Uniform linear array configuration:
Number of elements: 24
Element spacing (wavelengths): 0.5
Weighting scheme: binomial
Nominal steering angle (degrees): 0
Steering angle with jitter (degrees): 0.5847
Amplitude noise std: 0.05
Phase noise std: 0.05

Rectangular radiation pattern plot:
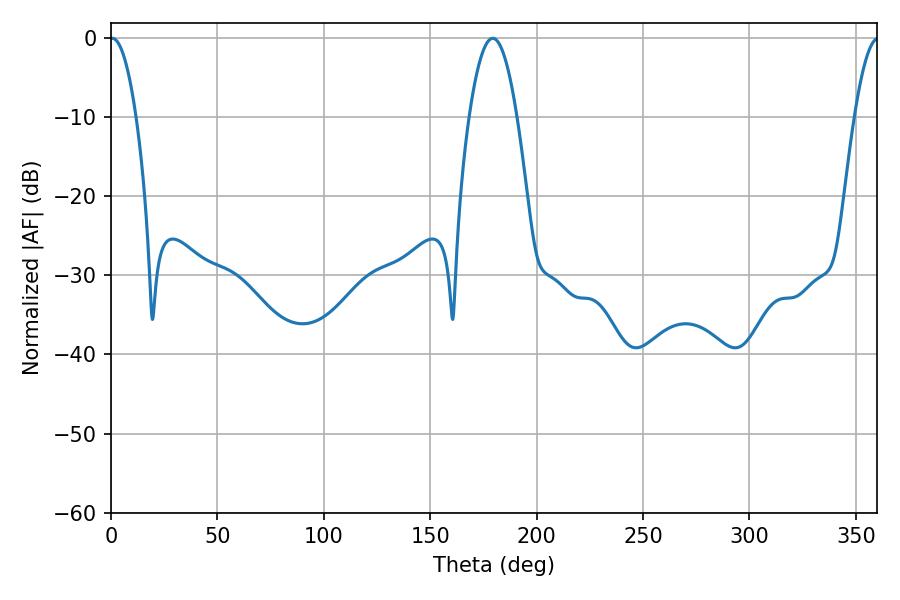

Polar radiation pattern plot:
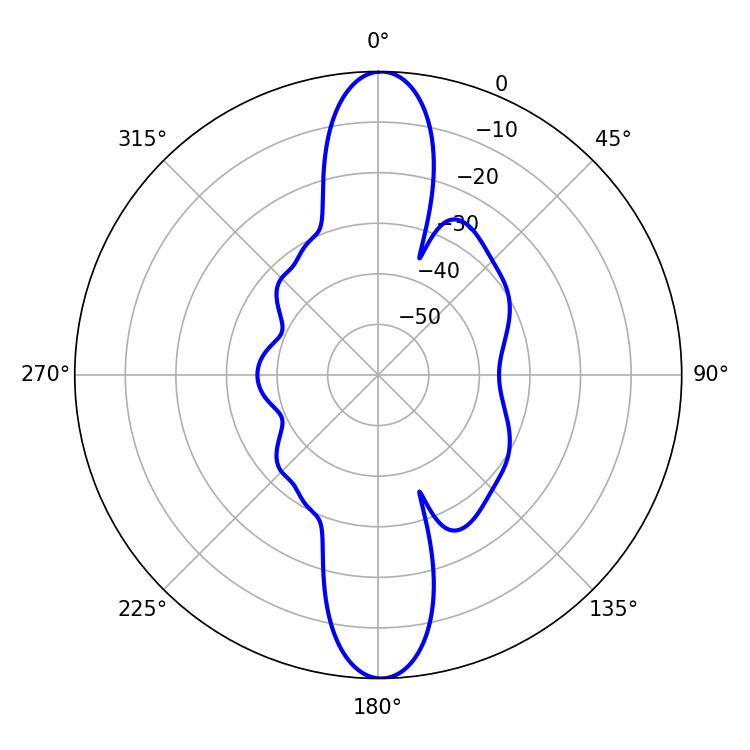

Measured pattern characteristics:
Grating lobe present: FALSE
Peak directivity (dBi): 25.627
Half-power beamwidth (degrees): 6.66
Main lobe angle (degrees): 0.54